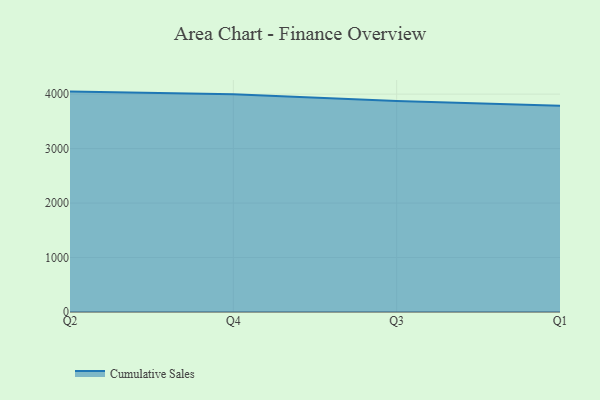
{"axis": {"x": "Quarter", "y": "Operating Costs (USD K)"}, "legend": ["Cumulative Sales"], "data": [{"x": "Q2", "y": 4046.2, "type": "Cumulative Sales"}, {"x": "Q4", "y": 3995.4, "type": "Cumulative Sales"}, {"x": "Q3", "y": 3875.3, "type": "Cumulative Sales"}, {"x": "Q1", "y": 3786.6, "type": "Cumulative Sales"}]}